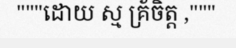
"""ដោយ ស្ម គ្រ័ចិត្ត ,"""